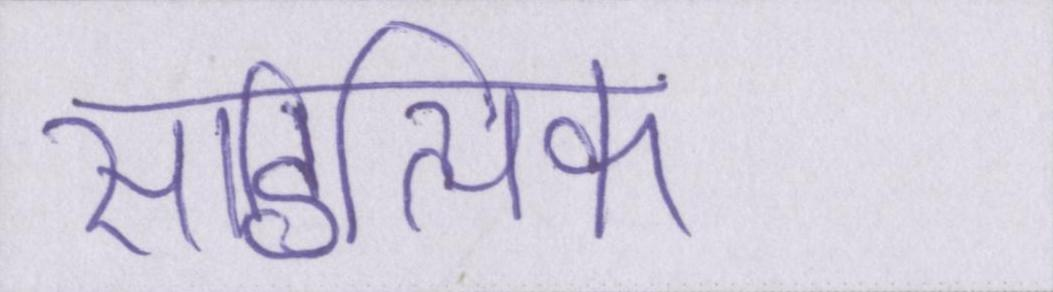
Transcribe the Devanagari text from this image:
साहित्यिक